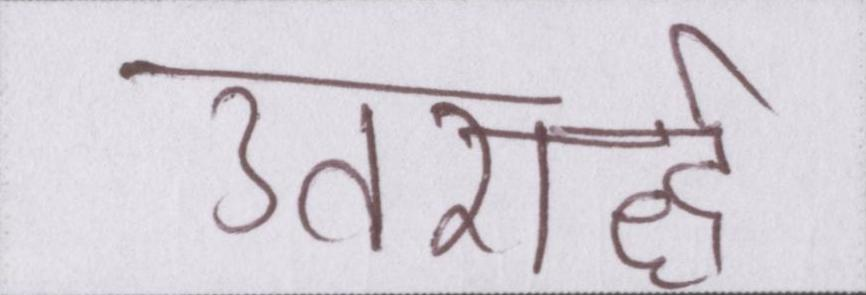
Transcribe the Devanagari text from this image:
उत्तरार्द्ध